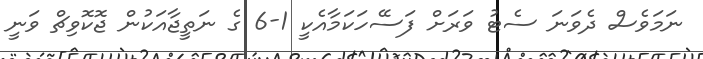
ނަމަވެސް ދެވަނަ ސެޓު ވަރަށް ފަސޭހަކަމާއެކީ 1-6 ގެ ނަތީޖާއަކުން ޖޮކޮވިޗް ވަނީ